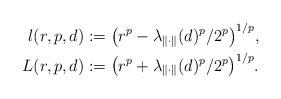
LaTeX: \begin{align*} l(r,p,d) &:=\big(r^{p} - \lambda_{\|\cdot\|}(d)^{p}/2^{p}\big)^{1/p},\\ L(r,p,d) &:= \big(r^{p} + \lambda_{\|\cdot\|}(d)^{p}/2^{p}\big)^{1/p}. \end{align*}